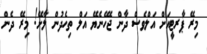
މިރޭ ޕާރޓީއަށް އަލްވެސް ދާން ޖެހޭނެޔޭ އަލް ތިހެދުން ލާށޭ! މިރޭ ދެން